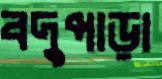
বদুপাড়া